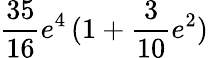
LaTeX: \frac{35}{16}e^{4}\, (1+\frac{3}{10}e^{2})